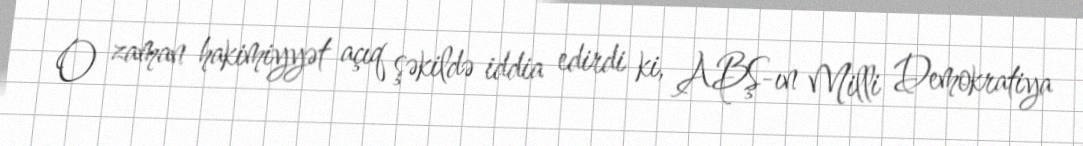
O zaman hakimiyyət açıq şəkildə iddia edirdi ki, ABŞ-ın Milli Demokratiya